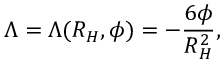
\Lambda = \Lambda ( R _ { H } , \phi ) = - \frac { 6 \phi } { R _ { H } ^ { 2 } } ,